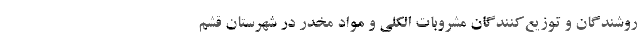
روشندگان و توزیع‌کنندگان مشروبات الکلی و مواد مخدر در شهرستان قشم